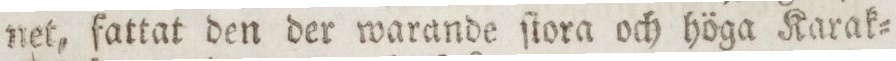
net, fattat den der warande ſiora och höga Karak=